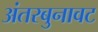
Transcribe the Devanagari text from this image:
अंतरबुनावट